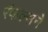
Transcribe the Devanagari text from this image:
रॅफल्सने